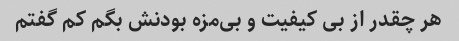
هر چقدر از بی کیفیت و بی‌مزه بودنش بگم کم گفتم